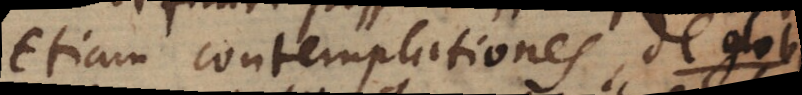
etiam contemplationes de globi